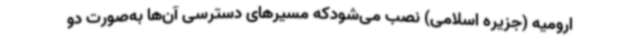
ارومیه (جزیره اسلامی) نصب می‌شودکه مسیرهای دسترسی آن‌ها به‌صورت دو